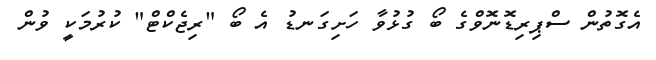
އެގޮތުން ސްޕިރިޑޮނޮވްގެ ބޯ ގުޅުވާ ހަށިގަނޑު އެ ބޯ "ރިޖެކްޓް" ކުރުމަކީ ވުން